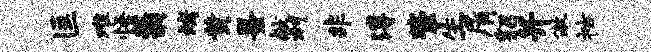
匡难悟蓊烤黄墨献村非溥紫生屑貂并傲祜